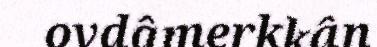
ovdâmerkkân